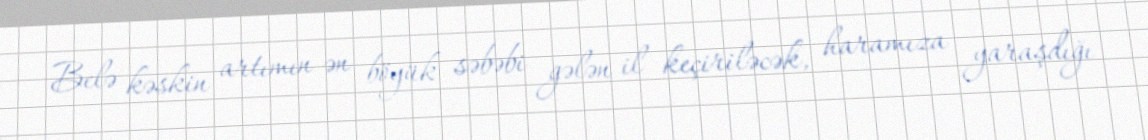
Belə kəskin artımın ən böyük səbəbi gələn il keçiriləcək, haramıza yaraşdığı